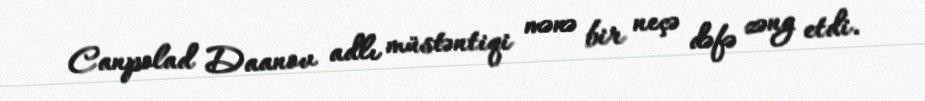
Canpolad Daanov adlı müstəntiqi mənə bir neçə dəfə zəng etdi.